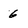
Character: 6